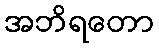
အဘိရတော